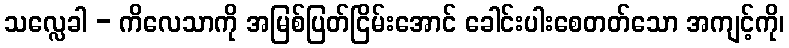
သလ္လေခါ - ကိလေသာကို အမြစ်ပြတ်ငြိမ်းအောင် ခေါင်းပါးစေတတ်သော အကျင့်ကို၊